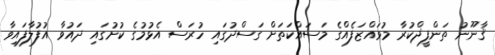
ޤާނޫނު ތަންފީޛްކުރާ މުވައްޒަފެއްގެ މަސައްކަތަށް ގަސްދުގައި ހުރަސް އެޅުމުގެ ކުށުގައި ދައުވާ އުފުލާފައިވާ